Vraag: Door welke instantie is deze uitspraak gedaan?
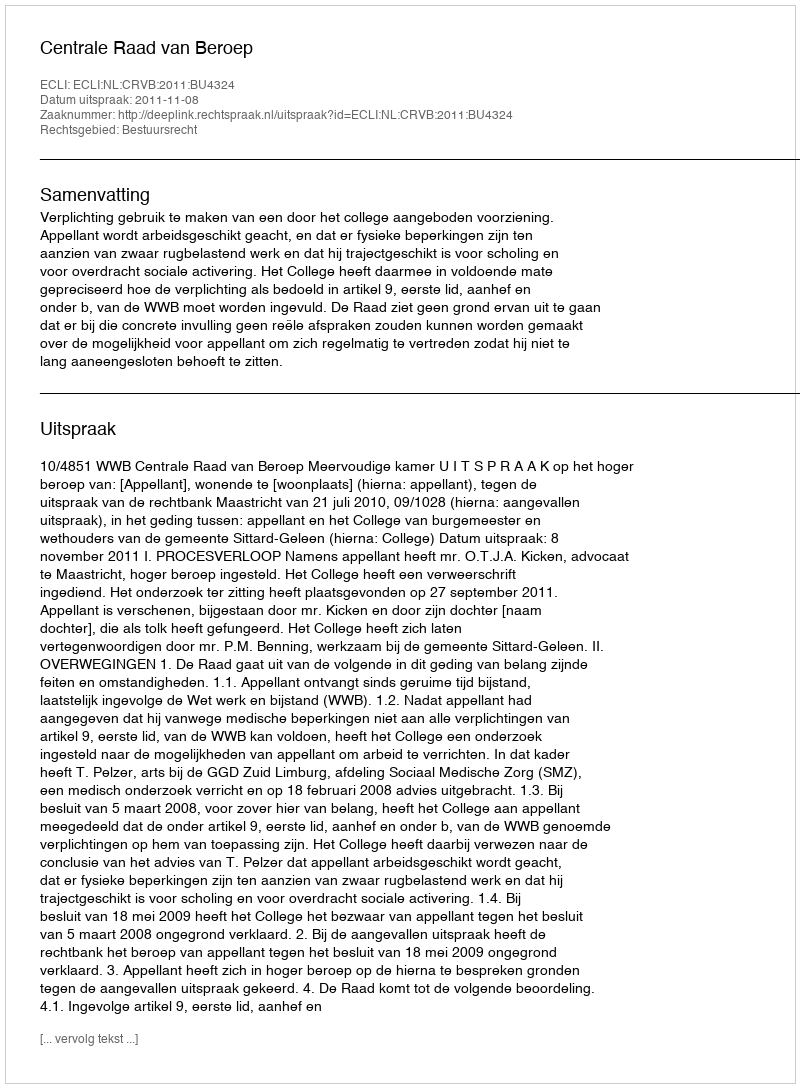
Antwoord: Centrale Raad van Beroep